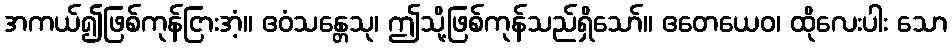
အကယ်၍ဖြစ်ကုန်ငြားအံ့။ ဧဝံသန္တေသု၊ ဤသို့ဖြစ်ကုန်သည်ရှိသော်။ ဧတေယေဝ၊ ထိုလေးပါး သော